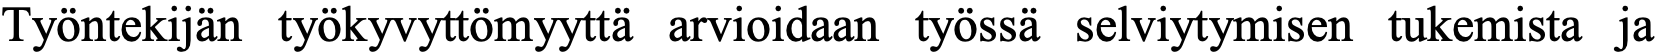
Työntekijän työkyvyttömyyttä arvioidaan työssä selviytymisen tukemista ja